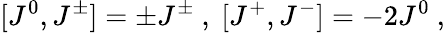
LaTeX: [J^{0},J^{\pm}]=\pm J^{\pm}\ ,\ [J^{+},J^{-}]=-2J^{0}\ ,